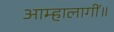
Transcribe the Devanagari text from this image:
आम्हालागीं॥